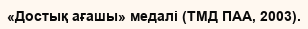
«Достық ағашы» медалі (ТМД ПАА, 2003).